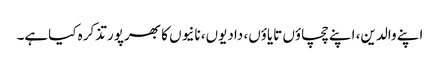
اپنے والدین، اپنے چچاؤں تایاؤں، دادیوں، نانیوں کا بھرپور تذکرہ کیاہے۔